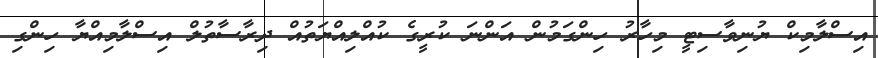
އިސްލާމިކް ޔުނިވާސިޓީ މިހާރު ހިންގަމުން އަންނަ ކުރީގެ ކުއްލިއްޔަތުއް ދިރާސާތުލް އިސްލާމިއްޔާ ހިންގި